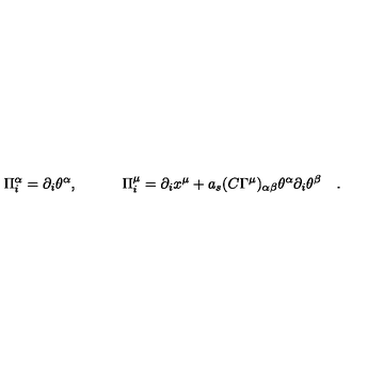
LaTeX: \Pi _ { i } ^ { \alpha } = \partial _ { i } { \theta ^ { \alpha } } , \quad \quad \quad \Pi _ { i } ^ { \mu } = \partial _ { i } { x ^ { \mu } } + a _ { s } ( C \Gamma ^ { \mu } ) _ { \alpha \beta } \theta ^ { \alpha } \partial _ { i } { \theta ^ { \beta } } \quad .